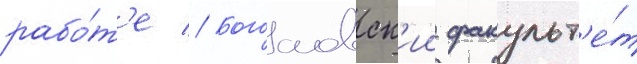
рабо́т'е // Богословск'ии факульт'е́т